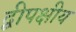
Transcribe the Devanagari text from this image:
द्वीपक्षीय